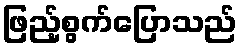
ဖြည့်စွက်ပြောသည်